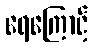
ရေကြောင့်